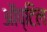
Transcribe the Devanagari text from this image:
ऑप्टिल